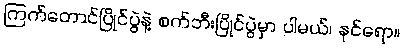
ကြက်တောင်ပြိုင်ပွဲနဲ့ စက်ဘီးပြိုင်ပွဲမှာ ပါမယ်၊ နင်ရော။